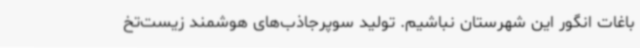
باغات انگور این شهرستان نباشیم. تولید سوپرجاذب‌های هوشمند زیست‌تخ